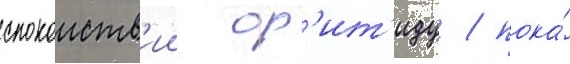
спокоиств'ии ор'ит'иду / пока́